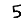
Digit: 5